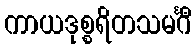
ကာယဒုစ္စရိတသမင်္ဂီ